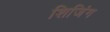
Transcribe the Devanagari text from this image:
शिजिंग